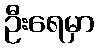
ဦးရေမှာ